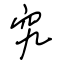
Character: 究